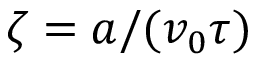
\zeta = a / ( v _ { 0 } \tau )